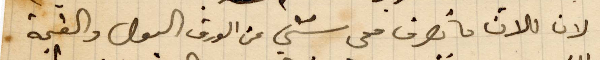
لأن فلان ما يصرف معي شيء عن الورق البول والقيمة